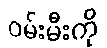
ဝမ်းမီးကို